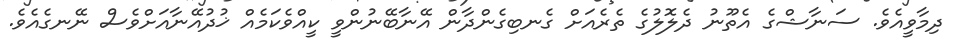
ދިމާވީއެވެ. ސަނާޝްގެ އެތޫނު ދެލޮލުގެ ތެރެއަށް ގެނބިގެންދާން އޭނާބޭނުންވީ ކީއްވެކަމެއް ޚުދުއޭނާއަށްވެސް ނޭނގެއެވެ.